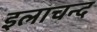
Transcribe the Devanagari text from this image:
इलाचन्द